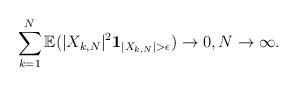
LaTeX: \begin{align*}\sum_{k=1}^N \mathbb{E}(|X_{k,N}|^{2} \mathbf{1}_{|X_{k,N}|>\epsilon})\to 0, N \to \infty. \end{align*}